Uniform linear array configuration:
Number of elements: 24
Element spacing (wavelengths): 0.25
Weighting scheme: kaiser
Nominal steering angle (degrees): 0
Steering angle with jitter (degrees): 1.813
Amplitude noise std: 0.05
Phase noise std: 0.05

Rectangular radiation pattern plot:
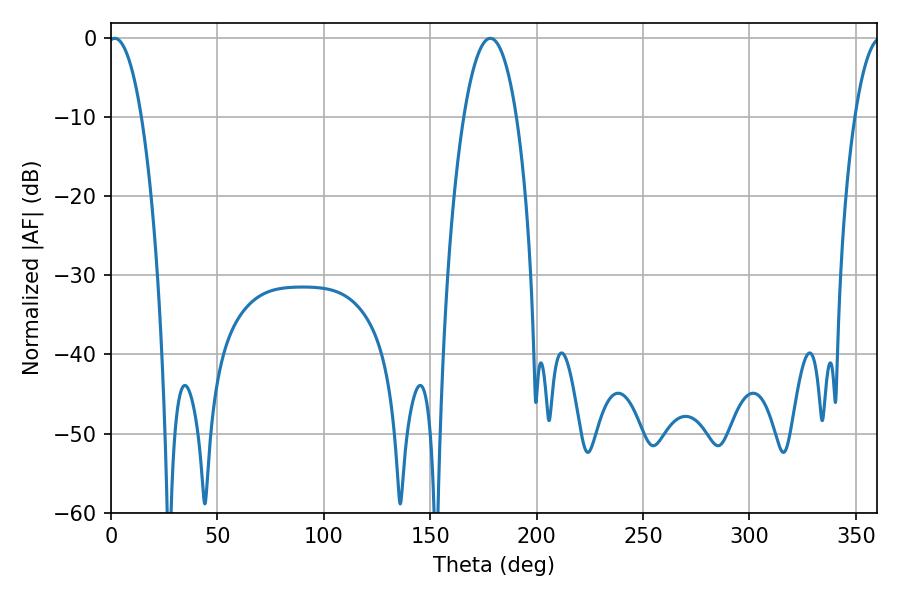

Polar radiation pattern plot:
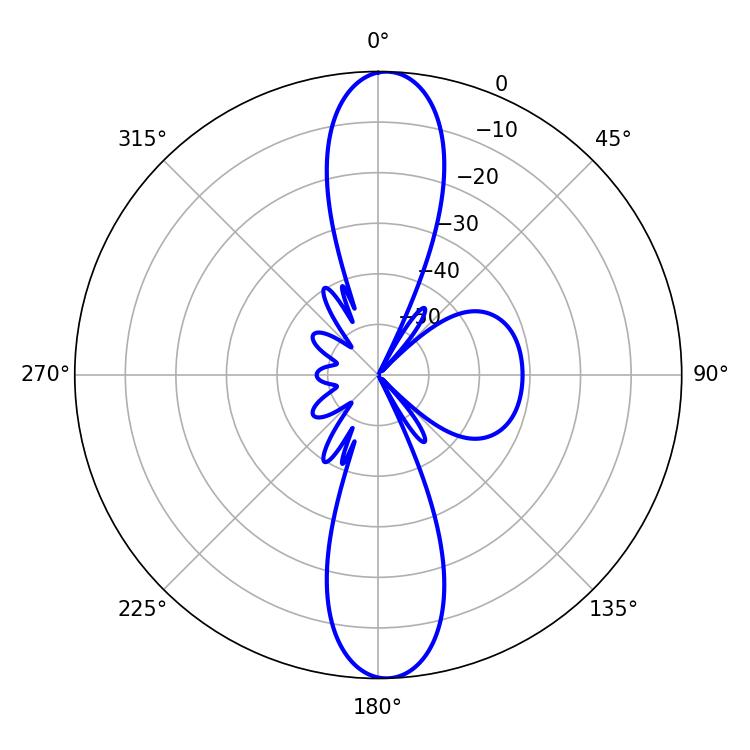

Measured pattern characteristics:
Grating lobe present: FALSE
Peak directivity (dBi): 20.695
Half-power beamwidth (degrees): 8.64
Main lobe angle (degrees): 1.8